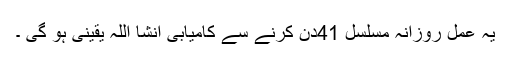
یہ عمل روزانہ مسلسل 41دن کرنے سے کامیابی انشا اللہ یقینی ہو گی ۔